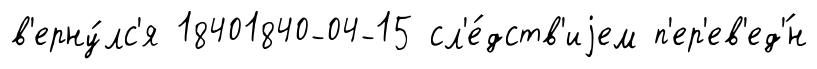
в'ерну́лс'я 18401840-04-15 сл'е́дств'иjем п'ер'ев'ед'́н